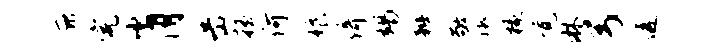
庇完肖岳摇何娘倚竭辫敬淑椽觉淋弓透